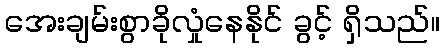
အေးချမ်းစွာခိုလှုံနေနိုင် ခွင့် ရှိသည်။